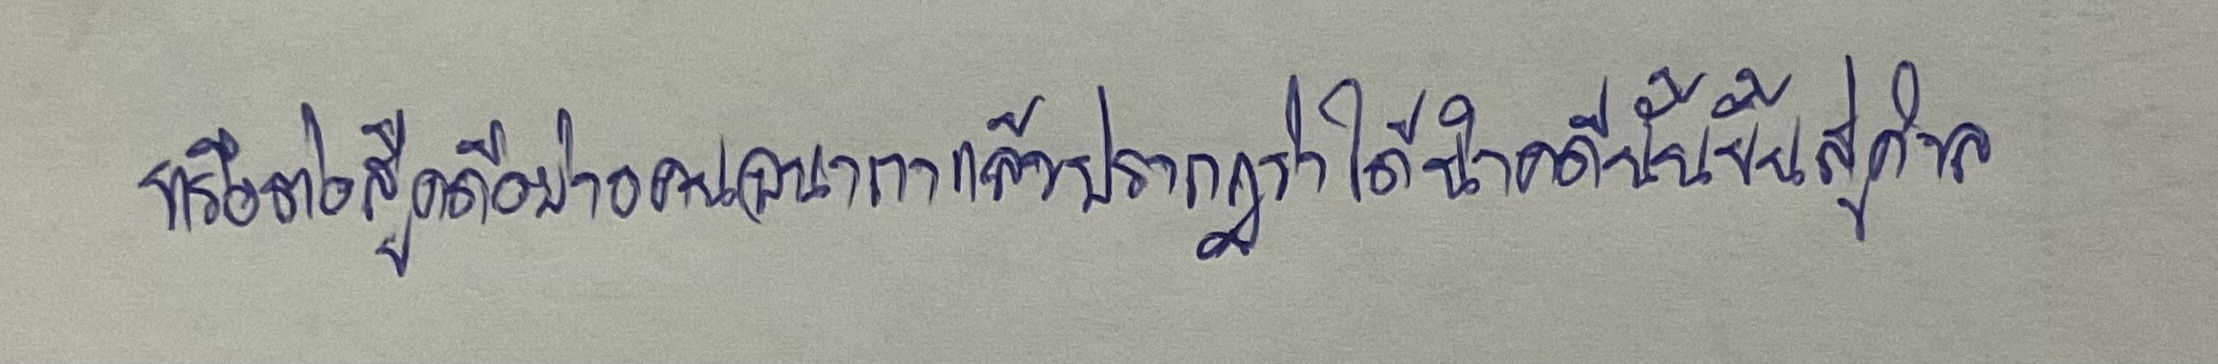
หรือต่อสู้คดีอย่างคนอนาถาแล้วปรากฏว่าได้นำคดีนั้นขึ้นสู่ศาล